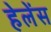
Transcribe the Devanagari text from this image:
हेलेंस